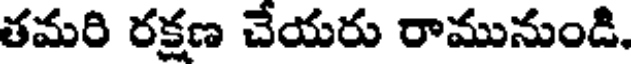
తమరి రక్షణ చేయరు రామునుండి.